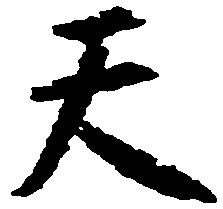
天